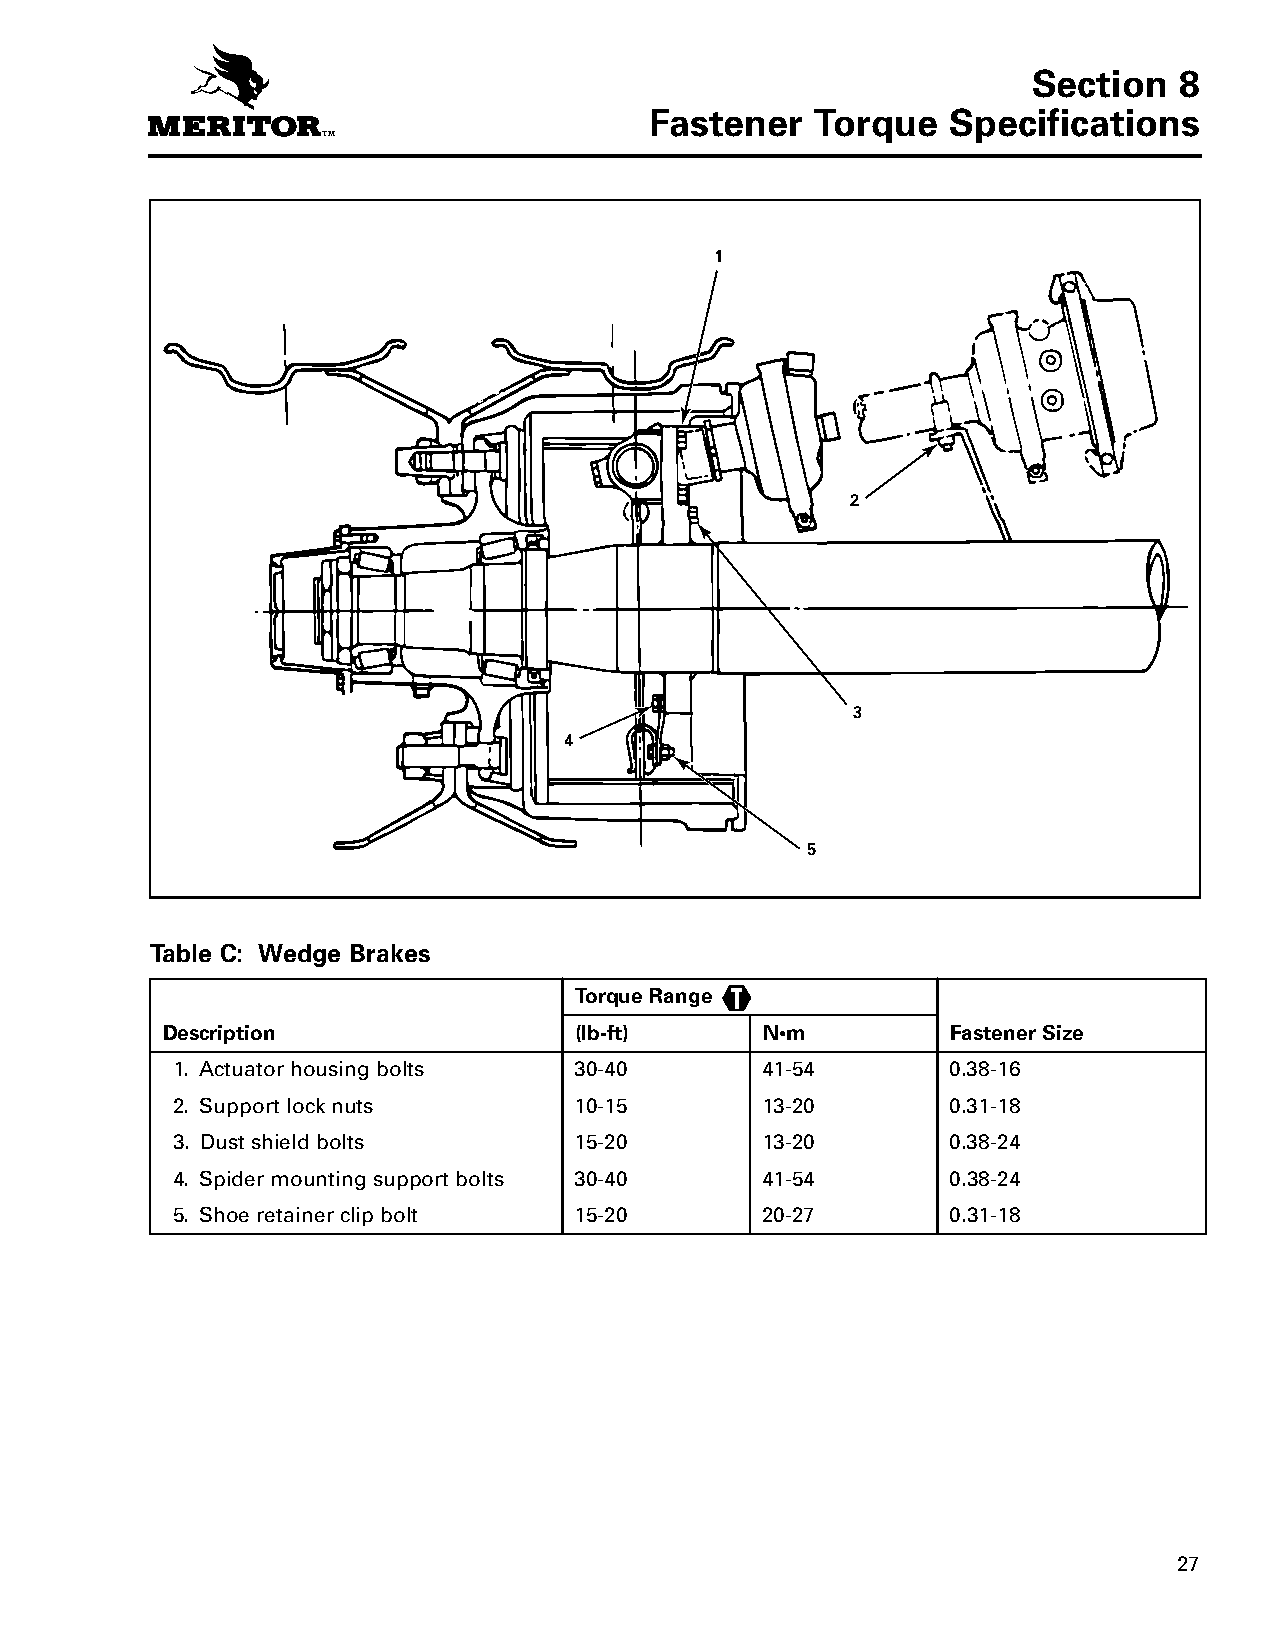
Section   8
 Fastener   Torque   Specifications
 SFeacstteionne r8 Torque Specifications
 1
 2
 3
 4
 5
 Table C: Wedge Brakes
 Torque Range
 Description                (lb-ft)     N•m          Fastener Size
 1. Actuator housing bolts  30-40       41-54        0.38-16
 2. Support lock nuts       10-15       13-20        0.31-18
 3. Dust shield bolts       15-20       13-20        0.38-24
 4. Spider mounting support bolts 30-40 41-54        0.38-24
 5. Shoe retainer clip bolt 15-20       20-27        0.31-18
 27